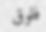
فلوق